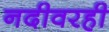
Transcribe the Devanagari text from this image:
नदीवरही